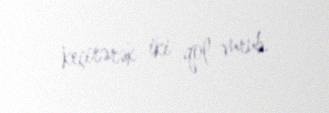
keçirərək iki qol vurub.